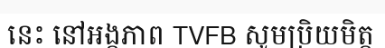
នេះ នៅអង្គភាព TVFB សូមប្រិយមិត្ត